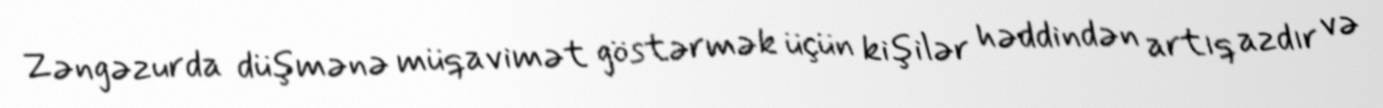
Zəngəzurda düşmənə müqavimət göstərmək üçün kişilər həddindən artıq azdır və